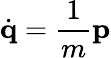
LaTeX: \dot{\textbf{q}}=\frac{1}{m}\textbf{p}